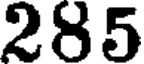
285